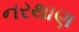
નરથાણ